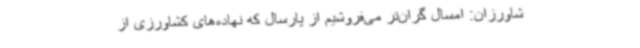
شاورزان: امسال گران‌تر می‌فروشیم از پارسال که نهاده‌های کشاورزی از